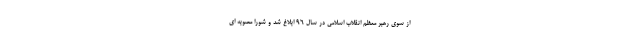
از سوی رهبر معظم انقلاب اسلامی در سال 96 ابلاغ شد و شورا مصوبه ای